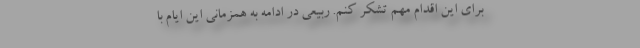
برای این اقدام مهم تشکر کنم. ربیعی در ادامه به همزمانی این ایام با